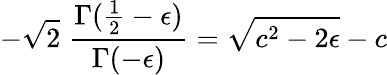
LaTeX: -\sqrt{2}\; \frac{\Gamma(\frac{1}{2}-\epsilon)}{\Gamma(-\epsilon)}=\sqrt{c^{2}-2\epsilon}-c